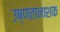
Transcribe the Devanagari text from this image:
उष्णतानाशक